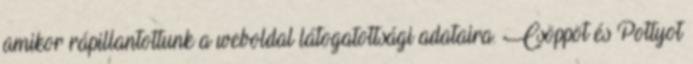
amikor rápillantottunk a weboldal látogatottsági adataira. Csöppöt és Pottyot